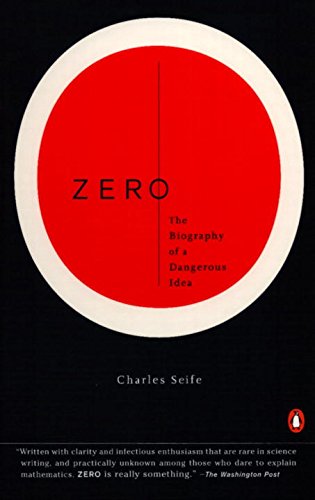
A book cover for Zero: The Biography of a Dangerous Idea; Charles Seife; Science & Math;